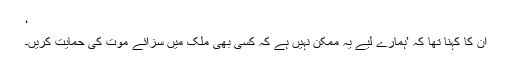
‘
ان کا کہنا تھا کہ ’ہمارے لیے یہ ممکن نہیں ہے کہ کسی بھی ملک میں سزائے موت کی حمایت کریں۔